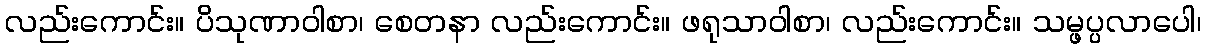
လည်းကောင်း။ ပိသုဏာဝါစာ၊ စေတနာ လည်းကောင်း။ ဖရုသာဝါစာ၊ လည်းကောင်း။ သမ္ဖပ္ပလာပေါ၊